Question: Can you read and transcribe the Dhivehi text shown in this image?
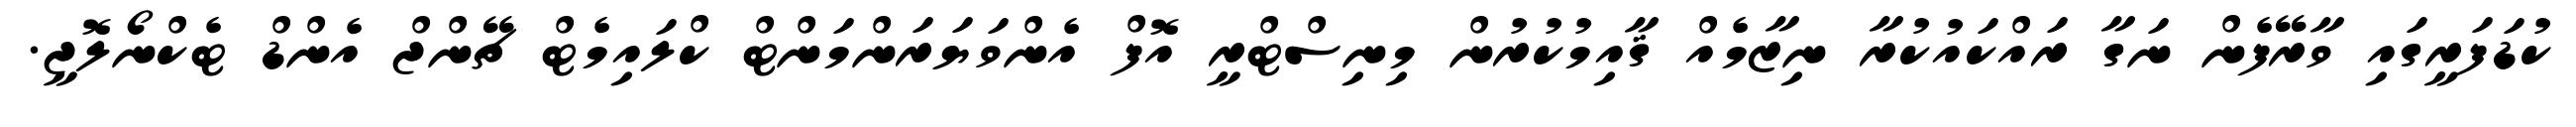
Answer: ކުޑަފަރީގައި ވާރޭފެން ނަގާ ރައްކައުކުރާ ނިޒާމެއް ޤާއިމުކުރުން މިނިސްޓްރީ އޮފް އެންވަޔަރަންމަންޓް ކްލައިމެޓް ޗޭންޖް އެންޑް ޓެކްނޯލޮޖީ.